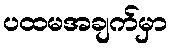
ပထမအချက်မှာ